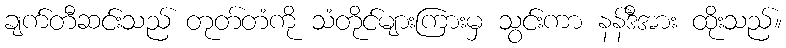
ချက်တီဆင်းသည် တုတ်တံကို သံတိုင်များကြားမှ သွင်းကာ နန်ဒီအား ထိုးသည်။